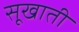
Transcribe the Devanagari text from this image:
सूखाती